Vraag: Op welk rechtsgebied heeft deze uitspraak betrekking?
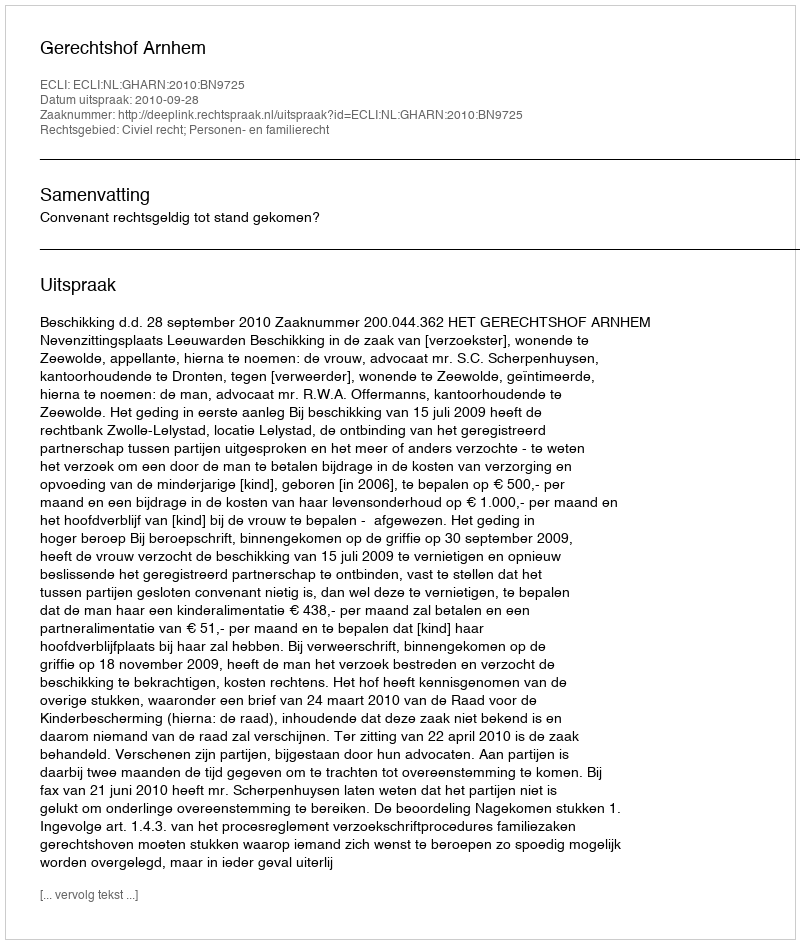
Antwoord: Civiel recht; Personen- en familierecht